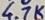
Text: 4.7K